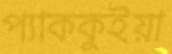
প্যাককুইয়া